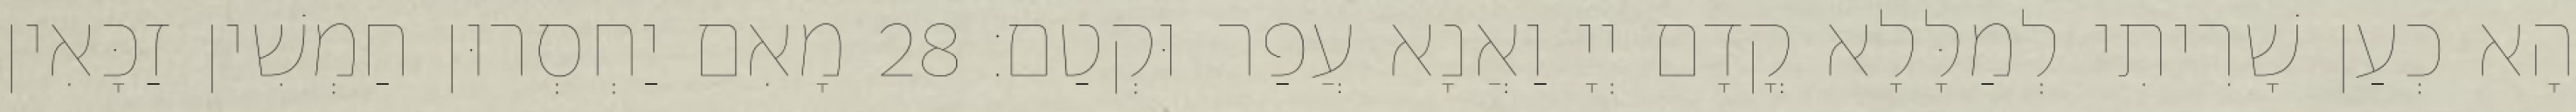
הָא כְעַן שָׁרִיתִי לְמַלָּלָא קֳדָם יְיָ וַאֲנָא עֲפַר וּקְטַם׃ 28 מָאִם יַחְסְרוּן חַמְשִׁין זַכָּאִין